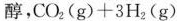
醇，$$C O _ { 2 } ( g ) + 3 H _ { 2 } ( g )$$